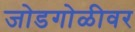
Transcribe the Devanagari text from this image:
जोडगोळीवर